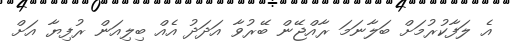
އެ ލަފާކުރުމަށް ބަލާނަމަ ރާއްޖޭން ބޭރުވާ އަދަދު އެއް ބިލިއަން ރުފިޔާ އަށް